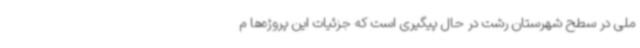
ملی در سطح شهرستان رشت در حال پیگیری است که جزئیات این پروژه‌ها م